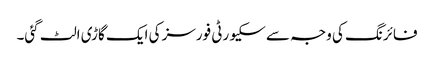
فائرنگ کی وجہ سے سکیورٹی فورسز کی ایک گاڑی الٹ گئی۔